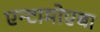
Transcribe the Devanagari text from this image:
एन्टामोएबा